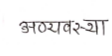
मजकूर: अण्यवस्था